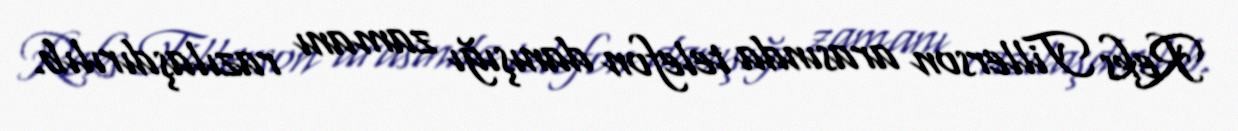
Reks Tillerson arasında telefon danışığı zamanı razılaşdırılıb.